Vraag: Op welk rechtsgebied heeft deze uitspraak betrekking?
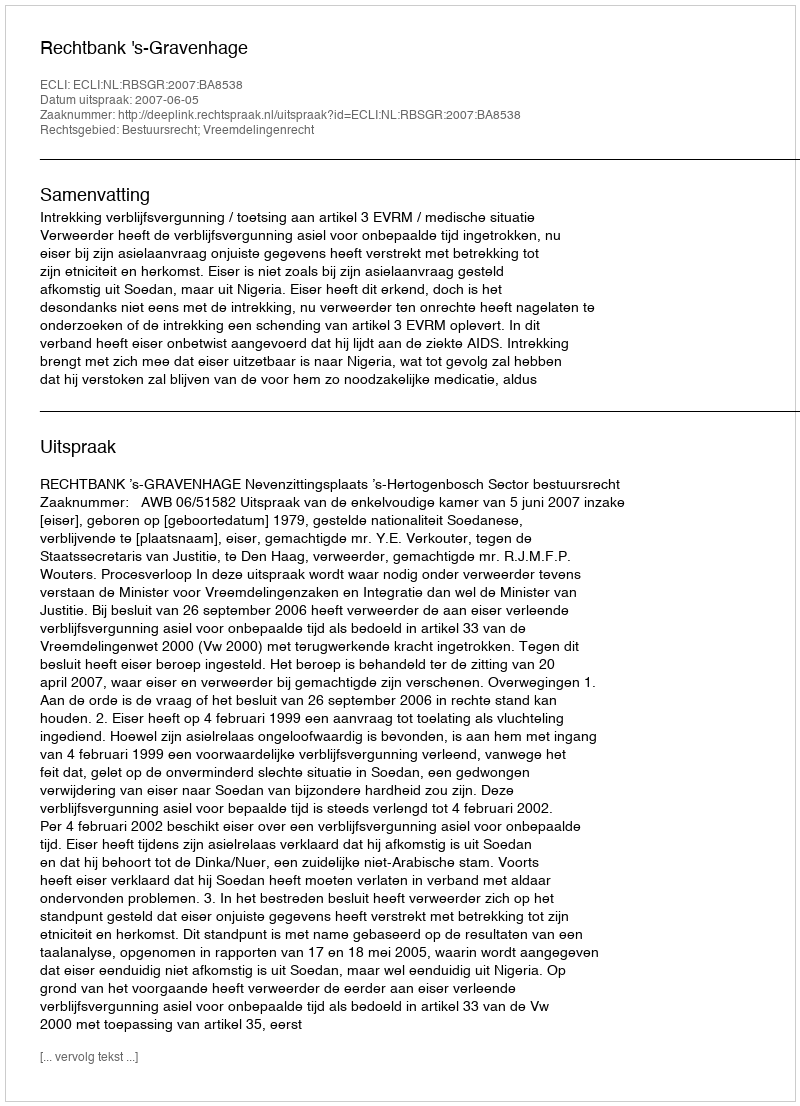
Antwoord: Bestuursrecht; Vreemdelingenrecht